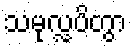
သမုလ္လပိတွာ